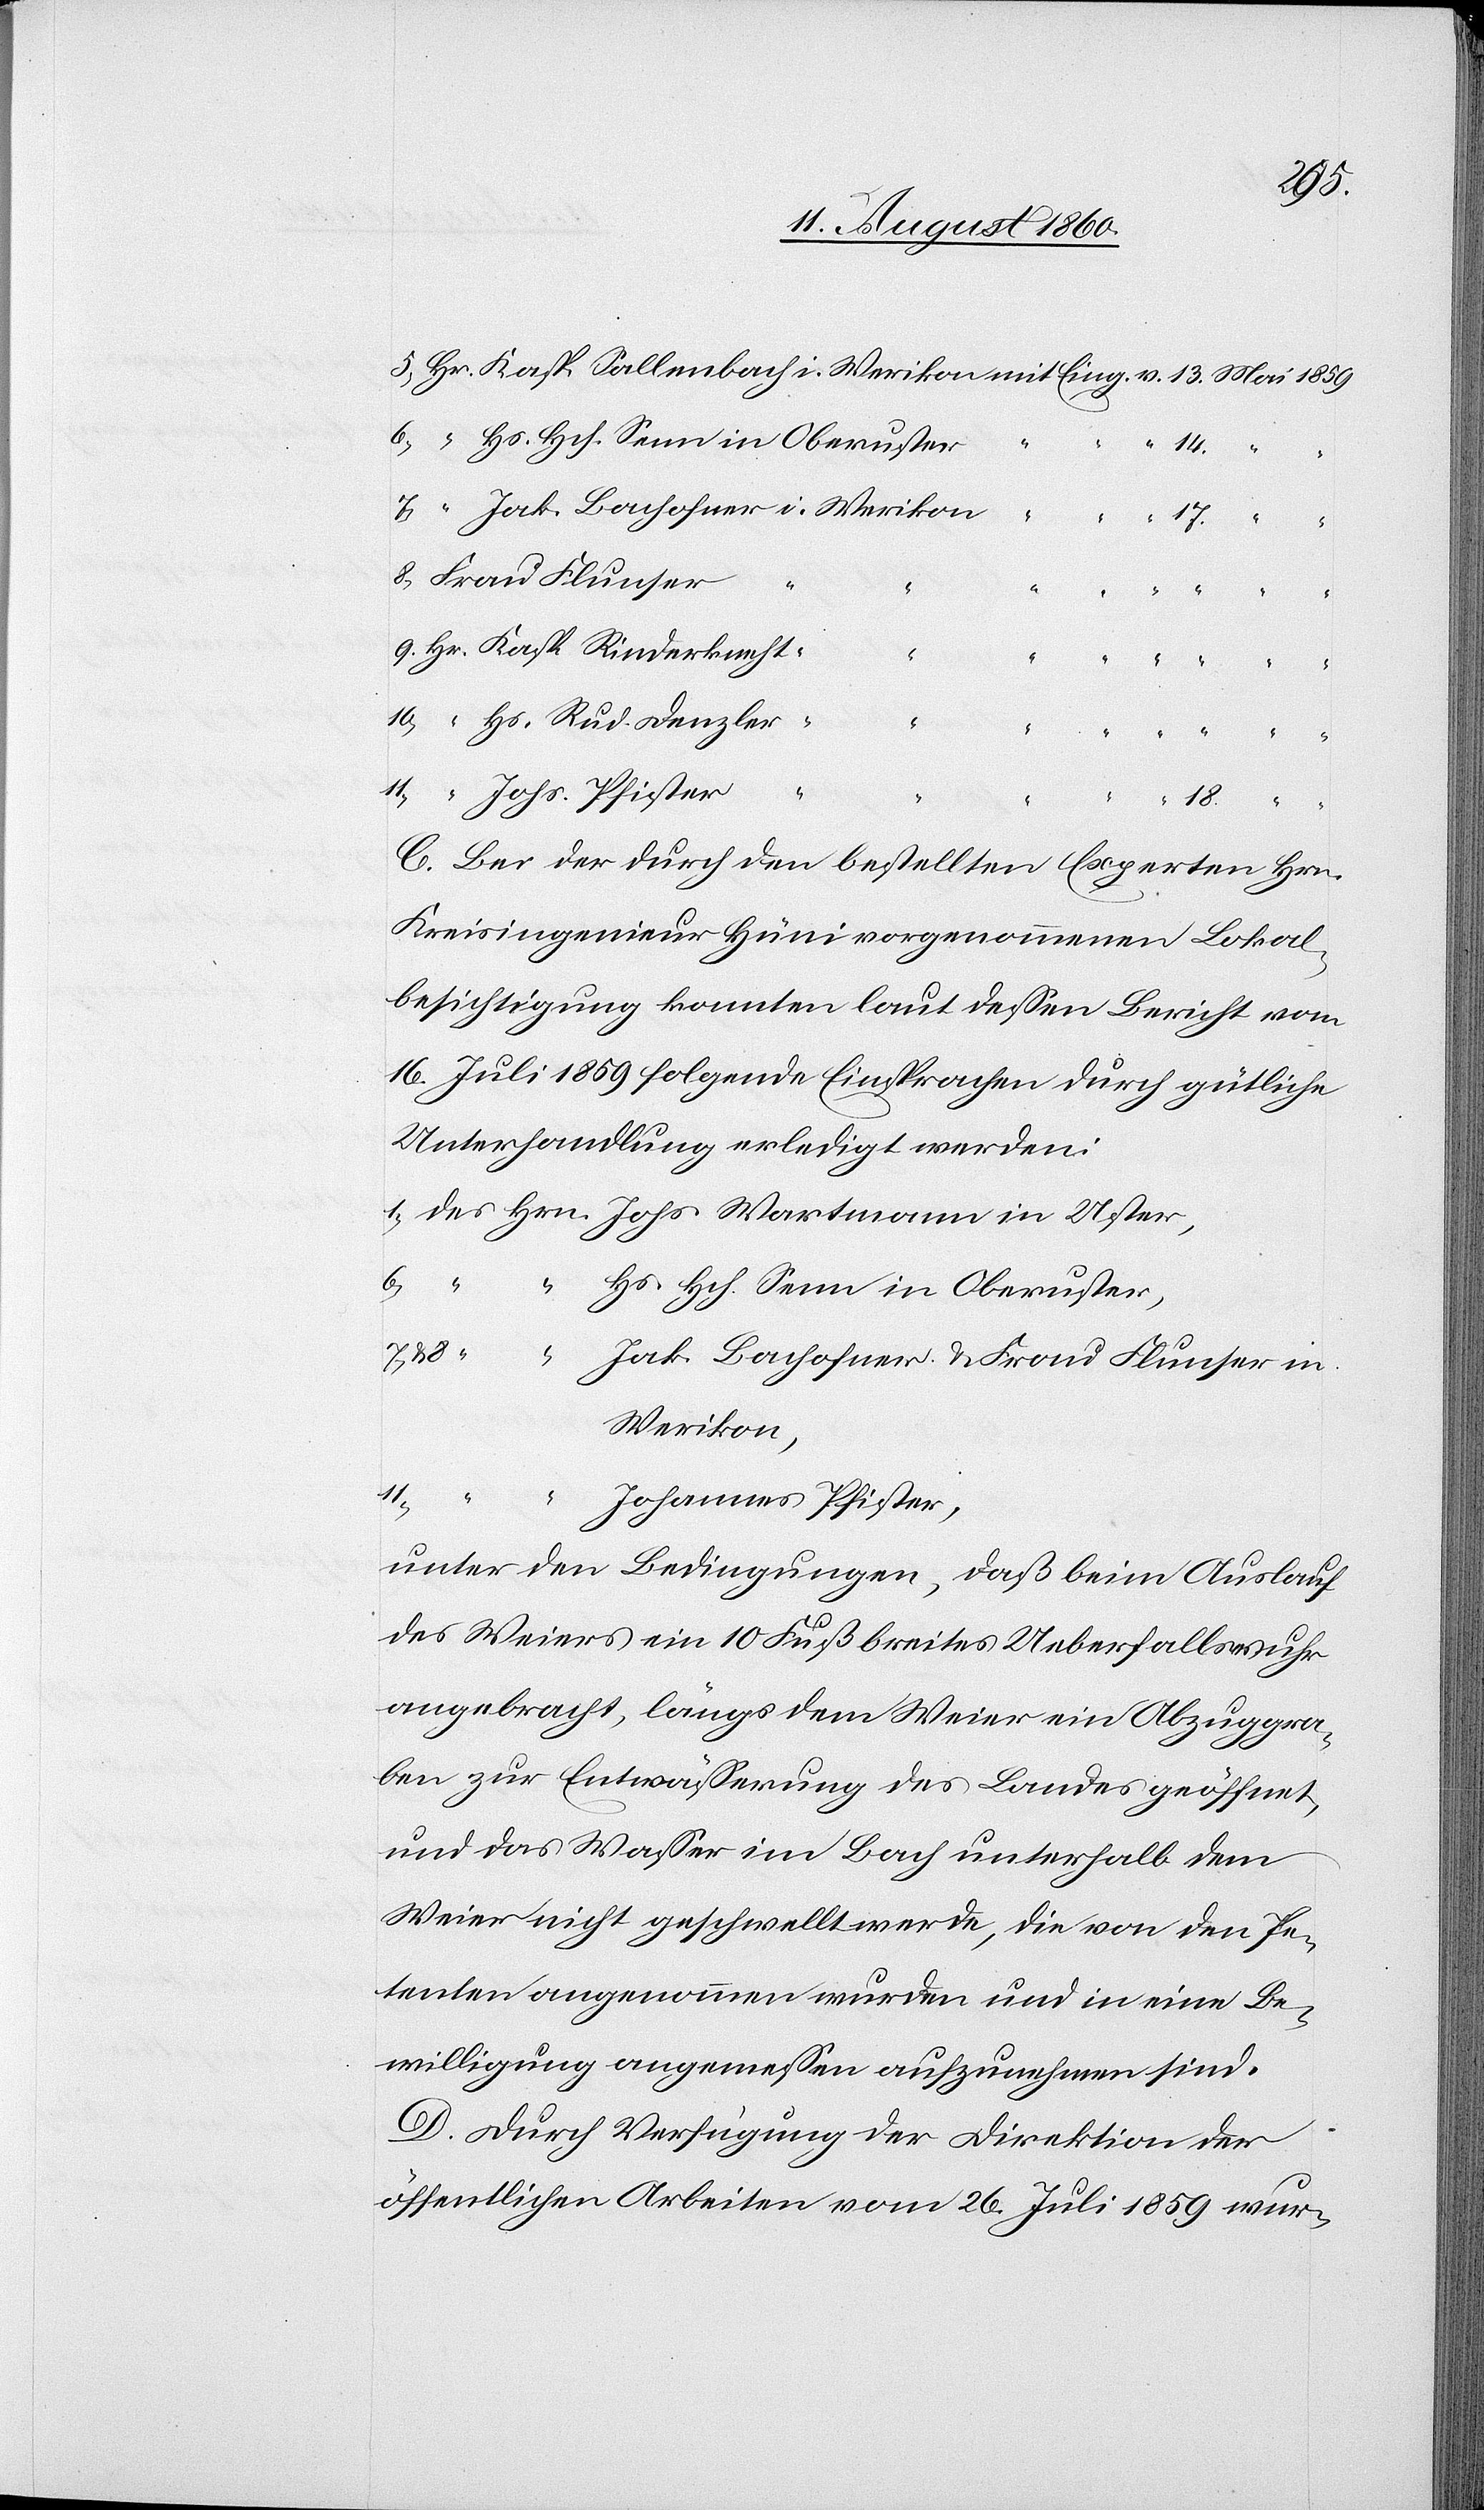
Heumonat 1859
6.
7 u. 8
Senn in Oberuster,
C. Bei der durch den bestellten Experten, Hrn.
Kreisingenieur Hüni vorgenommenen Lokal¬
besichtigung konnten laut dessen Bericht vom
Unterhandlung erledigt werden:
Jak. Bachofner u. Frau Flunser in
Werikon,
5.
11.
“
Johannes Pfister.
unter den Bedingungen, dass beim Auslauf
des Weyers ein 10. Fuss breiter Ueberfallswuhr
angebracht, längs dem Weyer ein Abzuggra¬
ben zur Entwässerung des Landes geöffnet,
und das Wasser im Bach unterhalb dem
Weyer nicht geschwellt werde, die von den Pe¬
tenten angenommen wurden und in eine Be¬
willigung angemessen aufzunehmen sind.
D. Durch Verfügung der Direktion der
öffentlichen Arbeiten vom 26. Juli 1859 wur-